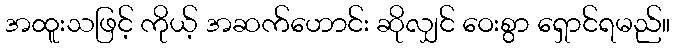
အထူးသဖြင့် ကိုယ့် အဆက်ဟောင်း ဆိုလျှင် ဝေးစွာ ရှောင်ရမည်။